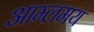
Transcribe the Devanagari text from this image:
आम्लमय